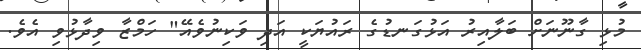
މުޅި ގާނޫނަށް ބަލާއިރު އަޅުގަނޑުގެ ރައުޔަކީ އަދި ވަކިނުވެއޭ" ހަމްޒާ ވިދާޅުވި އެވެ.